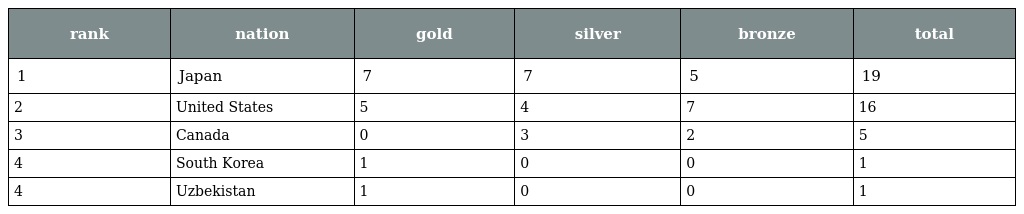
| rank | nation | gold | silver | bronze | total |
 | --- | --- | --- | --- | --- | --- |
 | 1 | Japan | 7 | 7 | 5 | 19 |
 | 2 | United States | 5 | 4 | 7 | 16 |
 | 3 | Canada | 0 | 3 | 2 | 5 |
 | 4 | South Korea | 1 | 0 | 0 | 1 |
 | 4 | Uzbekistan | 1 | 0 | 0 | 1 |